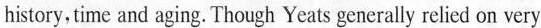
history, time and aging. Though Yeats generally relied on very